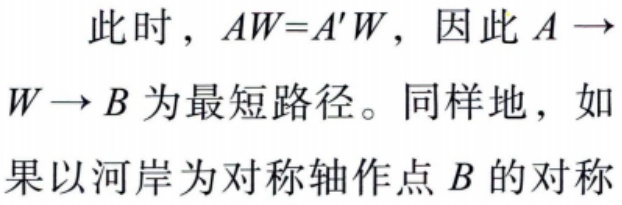
此时，\(AW = A'W\)，因此\(A \to W \to B\)为最短路径。同样地，如果以河岸为对称轴作点\(B\)的对称